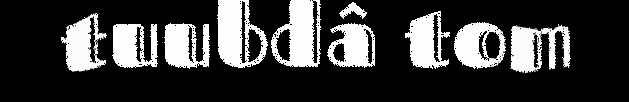
tuubdâ tom